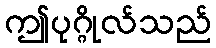
ဤပုဂ္ဂိုလ်သည်